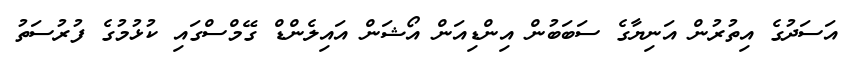
އަސަދުގެ އިތުރުން އަނިޔާގެ ސަބަބުން އިންޑިއަން އޯޝަން އައިލެންޑް ގޭމްސްގައި ކުޅުމުގެ ފުރުސަތު